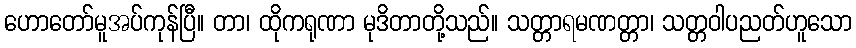
ဟောတော်မူအပ်ကုန်ပြီ။ တာ၊ ထိုကရုဏာ မုဒိတာတို့သည်။ သတ္တာရမဏတ္တာ၊ သတ္တဝါပညတ်ဟူသော